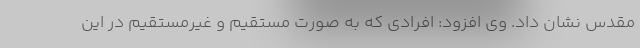
مقدس نشان داد. وی افزود: افرادی که به صورت مستقیم و غیرمستقیم در این